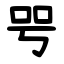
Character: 㕺